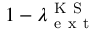
1 - \lambda _ { \mathrm { ~ e ~ x ~ t ~ } } ^ { \mathrm { ~ K ~ S ~ } }